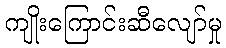
ကျိုးကြောင်းဆီလျော်မှု